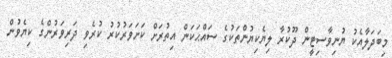
މިބަދަލާއެކު ޔުނިވާސިޓީން ދޫކުރާ ލިޔެކިޔުންތަކުގެ ސައްޙަކަން އިތުރަށް ކަށަވަރުކުރު ކުރެވި ދަރިވަރުންގެ ކިޔެވުން